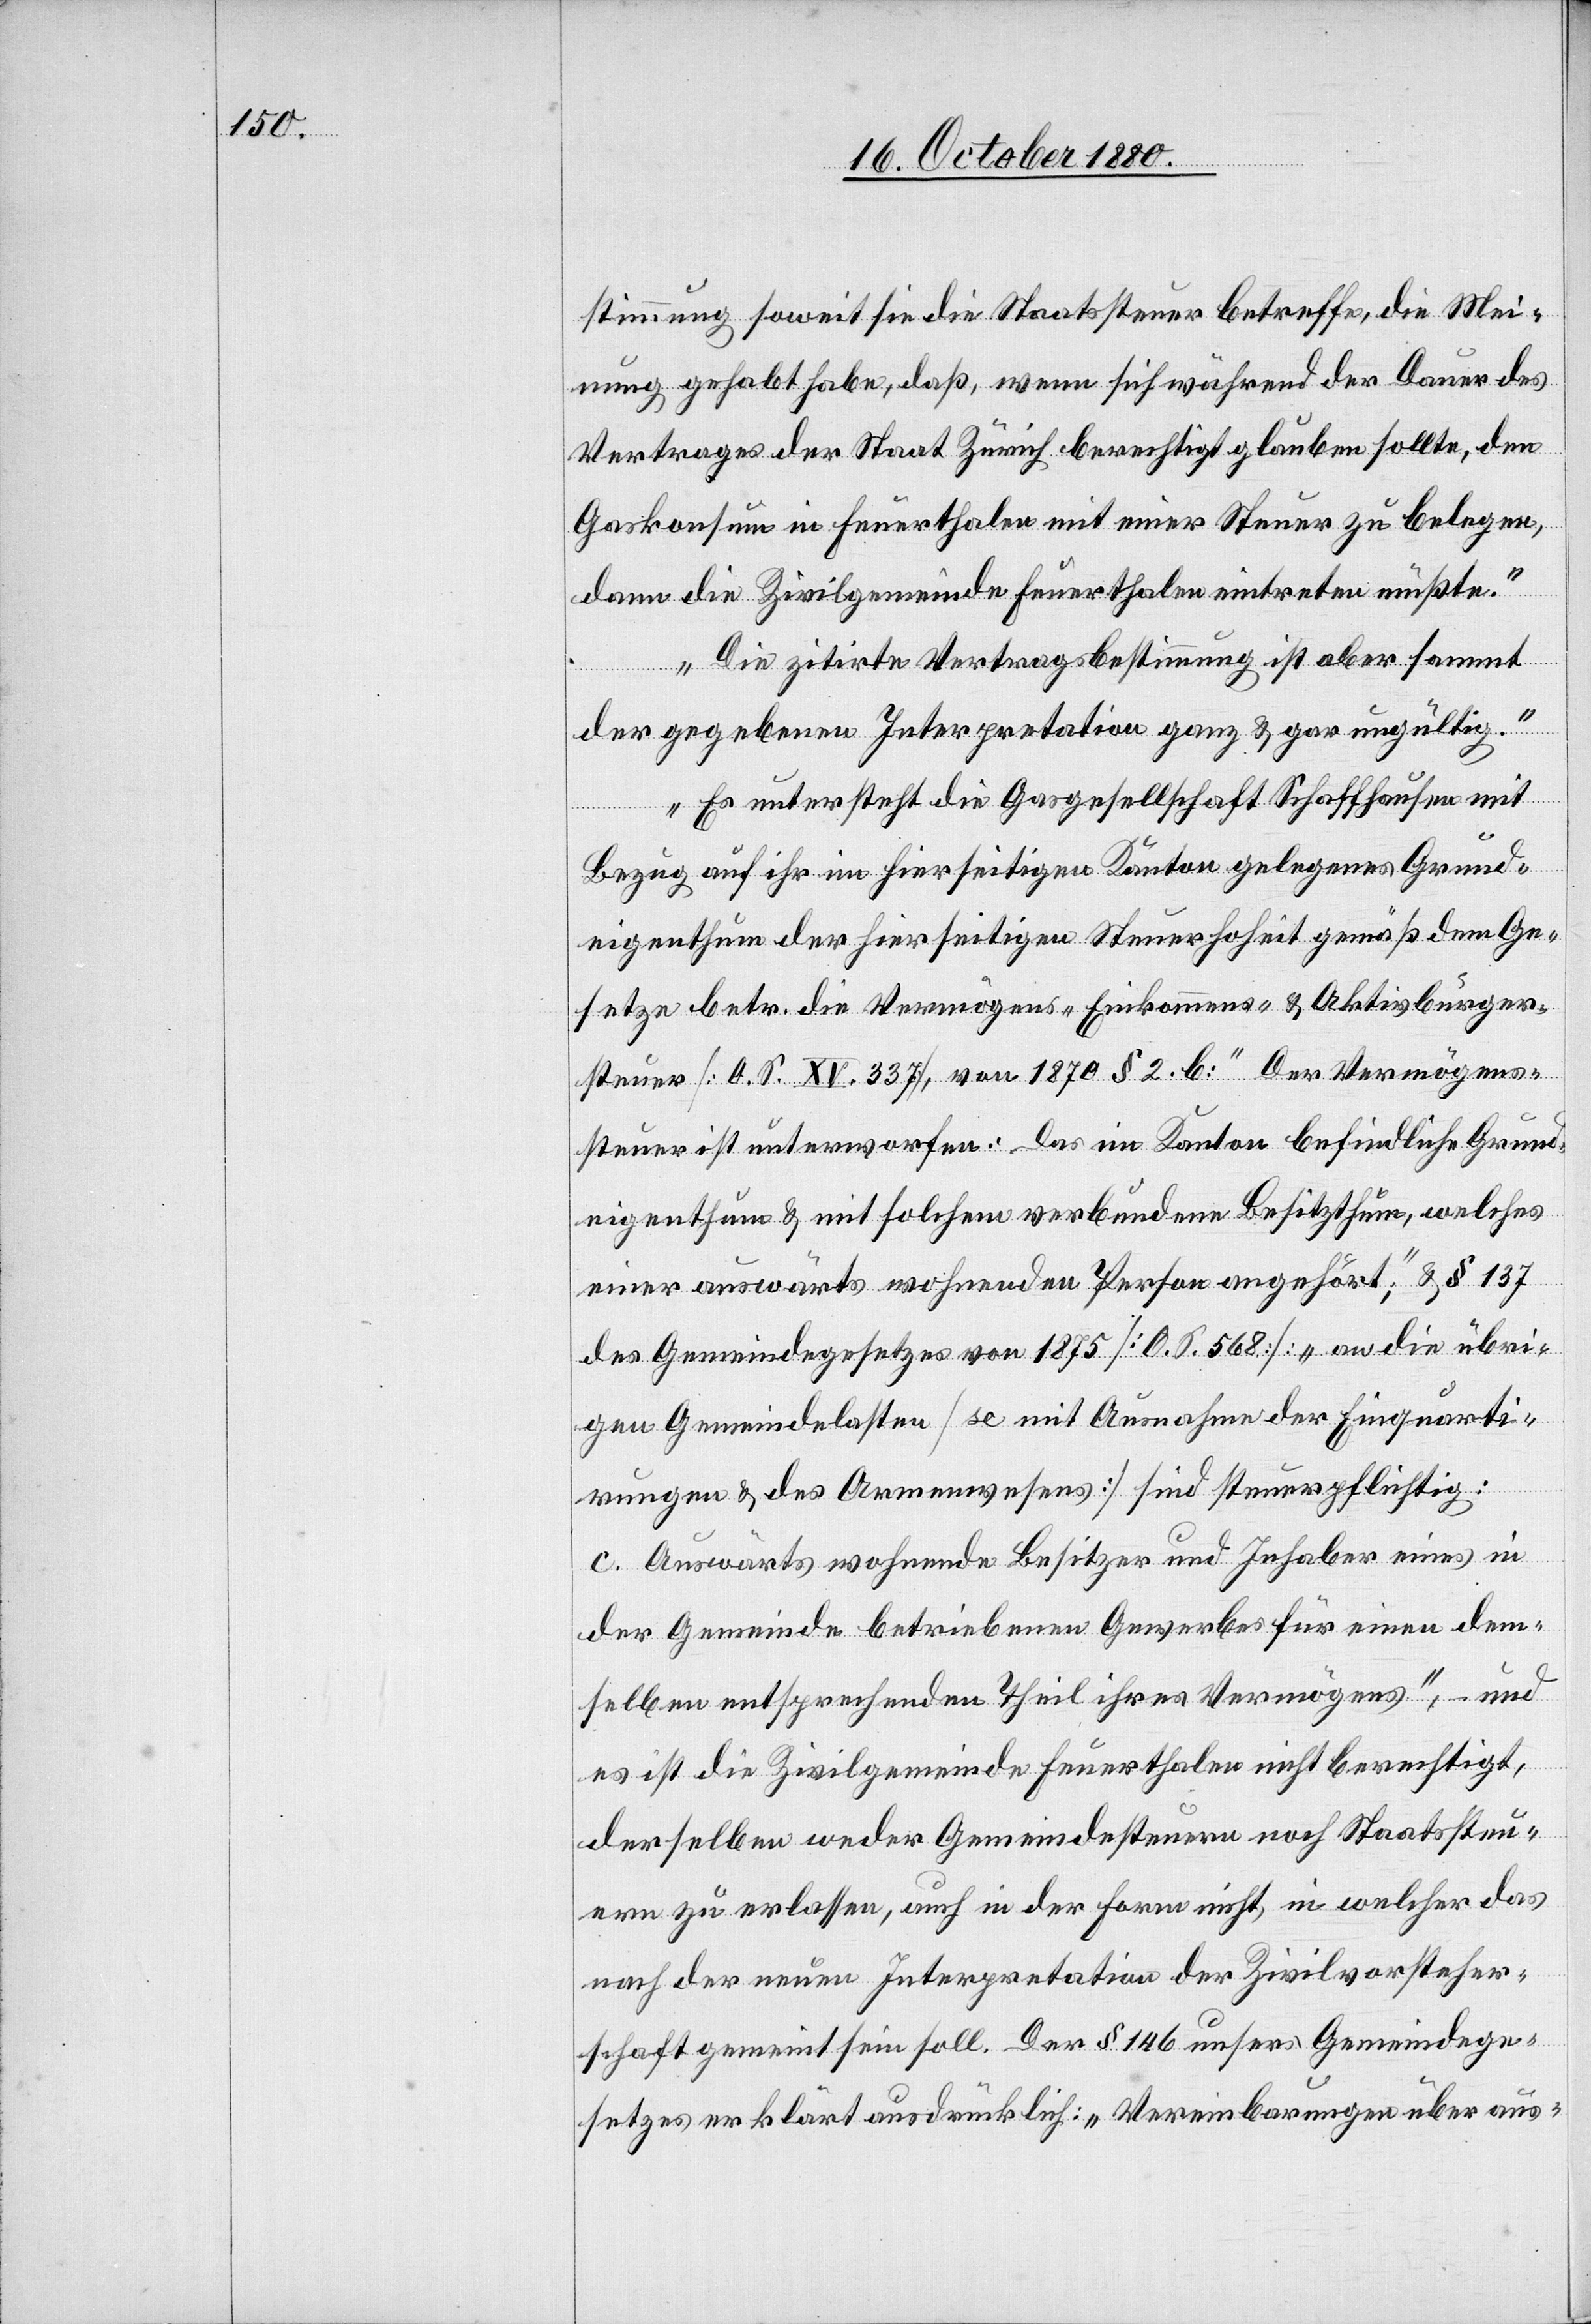
steuerung soweit sie die Staatssteuer betreffe, die Mei¬
nung gehabt habe, daß wenn sich während der Dauer des
Vertrages der Staat Zürich berechtigt glauben sollte, den
Gaskonsum in Feuerthalen mit einer Steuer zu belegen,
dann die Zivilgemeinde Feuerthalen eintreten müßte.
Die zitirte Vertragsbestimmung ist aber sammt
der gegebenen Interpretation ganz & gar ungültig.
Es untersteht die Gasgesellschaft Schaffhausen mit
Bezug auf ihr im hierseitigen Kanton gelegenes Grund¬
eigenthum der hierseitigen Steuerhoheit gemäß dem Ge¬
setze betr. die Vermögens-[,] Einkommens- & Aktivbürger¬
steuer [O. S. XV. 337], von 1870 § 2. b: „Der Vermögens¬
steuer ist unterworfen: Das im Kanton befindliche Grund¬
eigenthum & mit solchem verbundene Besitzthum, welches
einer auswärts wohnenden Person angehört;“ & § 137
des Gemeindegesetzes von 1875 [O. S. 568]: „an die übri¬
gen Gemeindelasten [so mit Ausnahme der Einquarti¬
rungen & des Armenwesens] sind steuerpflichtig:
c. Auswärts wohnende Besitzer und Inhaber eines in
der Gemeinde betriebenen Gewerbes für einen dem¬
selben entsprechenden Theil ihres Vermögens“, – und
es ist die Zivilgemeinde Feuerthalen nicht berechtigt,
derselben weder Gemeindesteuern noch Staatssteu¬
ern zu erlassen, auch in der Form nicht, in welcher das
nach der neuen Interpretation der Zivilvorsteher¬
schaft gemeint sein soll. Der § 146 unsers Gemeindege¬
setzes erklärt ausdrücklich: „Vereinbarungen über aus-